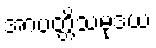
အာပတ္တိသမုဒယံ